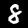
Label: 8